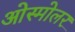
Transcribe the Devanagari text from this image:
ओस्मोलर